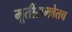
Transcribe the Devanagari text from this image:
मूर्तीसमवेतच